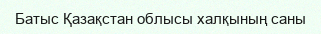
Батыс Қазақстан облысы халқының саны